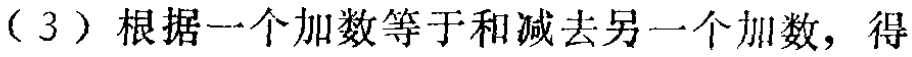
（3）根据一个加数等于和减去另一个加数，得